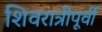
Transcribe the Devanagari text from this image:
शिवरात्रीपूर्वी